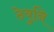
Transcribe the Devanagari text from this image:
ठेवुनि